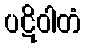
ပဋိဝါတံ